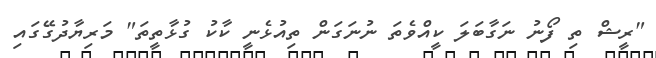
"ރީޝް ތި ފޯނު ނަގާބަލަ ކީއްވެތަ ނުނަގަން ތިއުޅެނީ ކާކު ގުޅާތީތަ" މަރިޔާދުގޭގައި